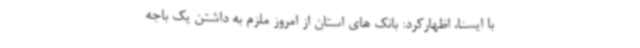
با ایسنا، اظهارکرد: بانک های استان از امروز ملزم به داشتن یک باجه